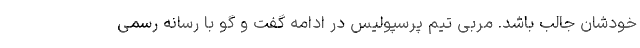
خودشان جالب باشد. مربی تیم پرسپولیس در ادامه گفت و گو با رسانه رسمی